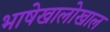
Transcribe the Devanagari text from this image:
भाषेखालोखाल